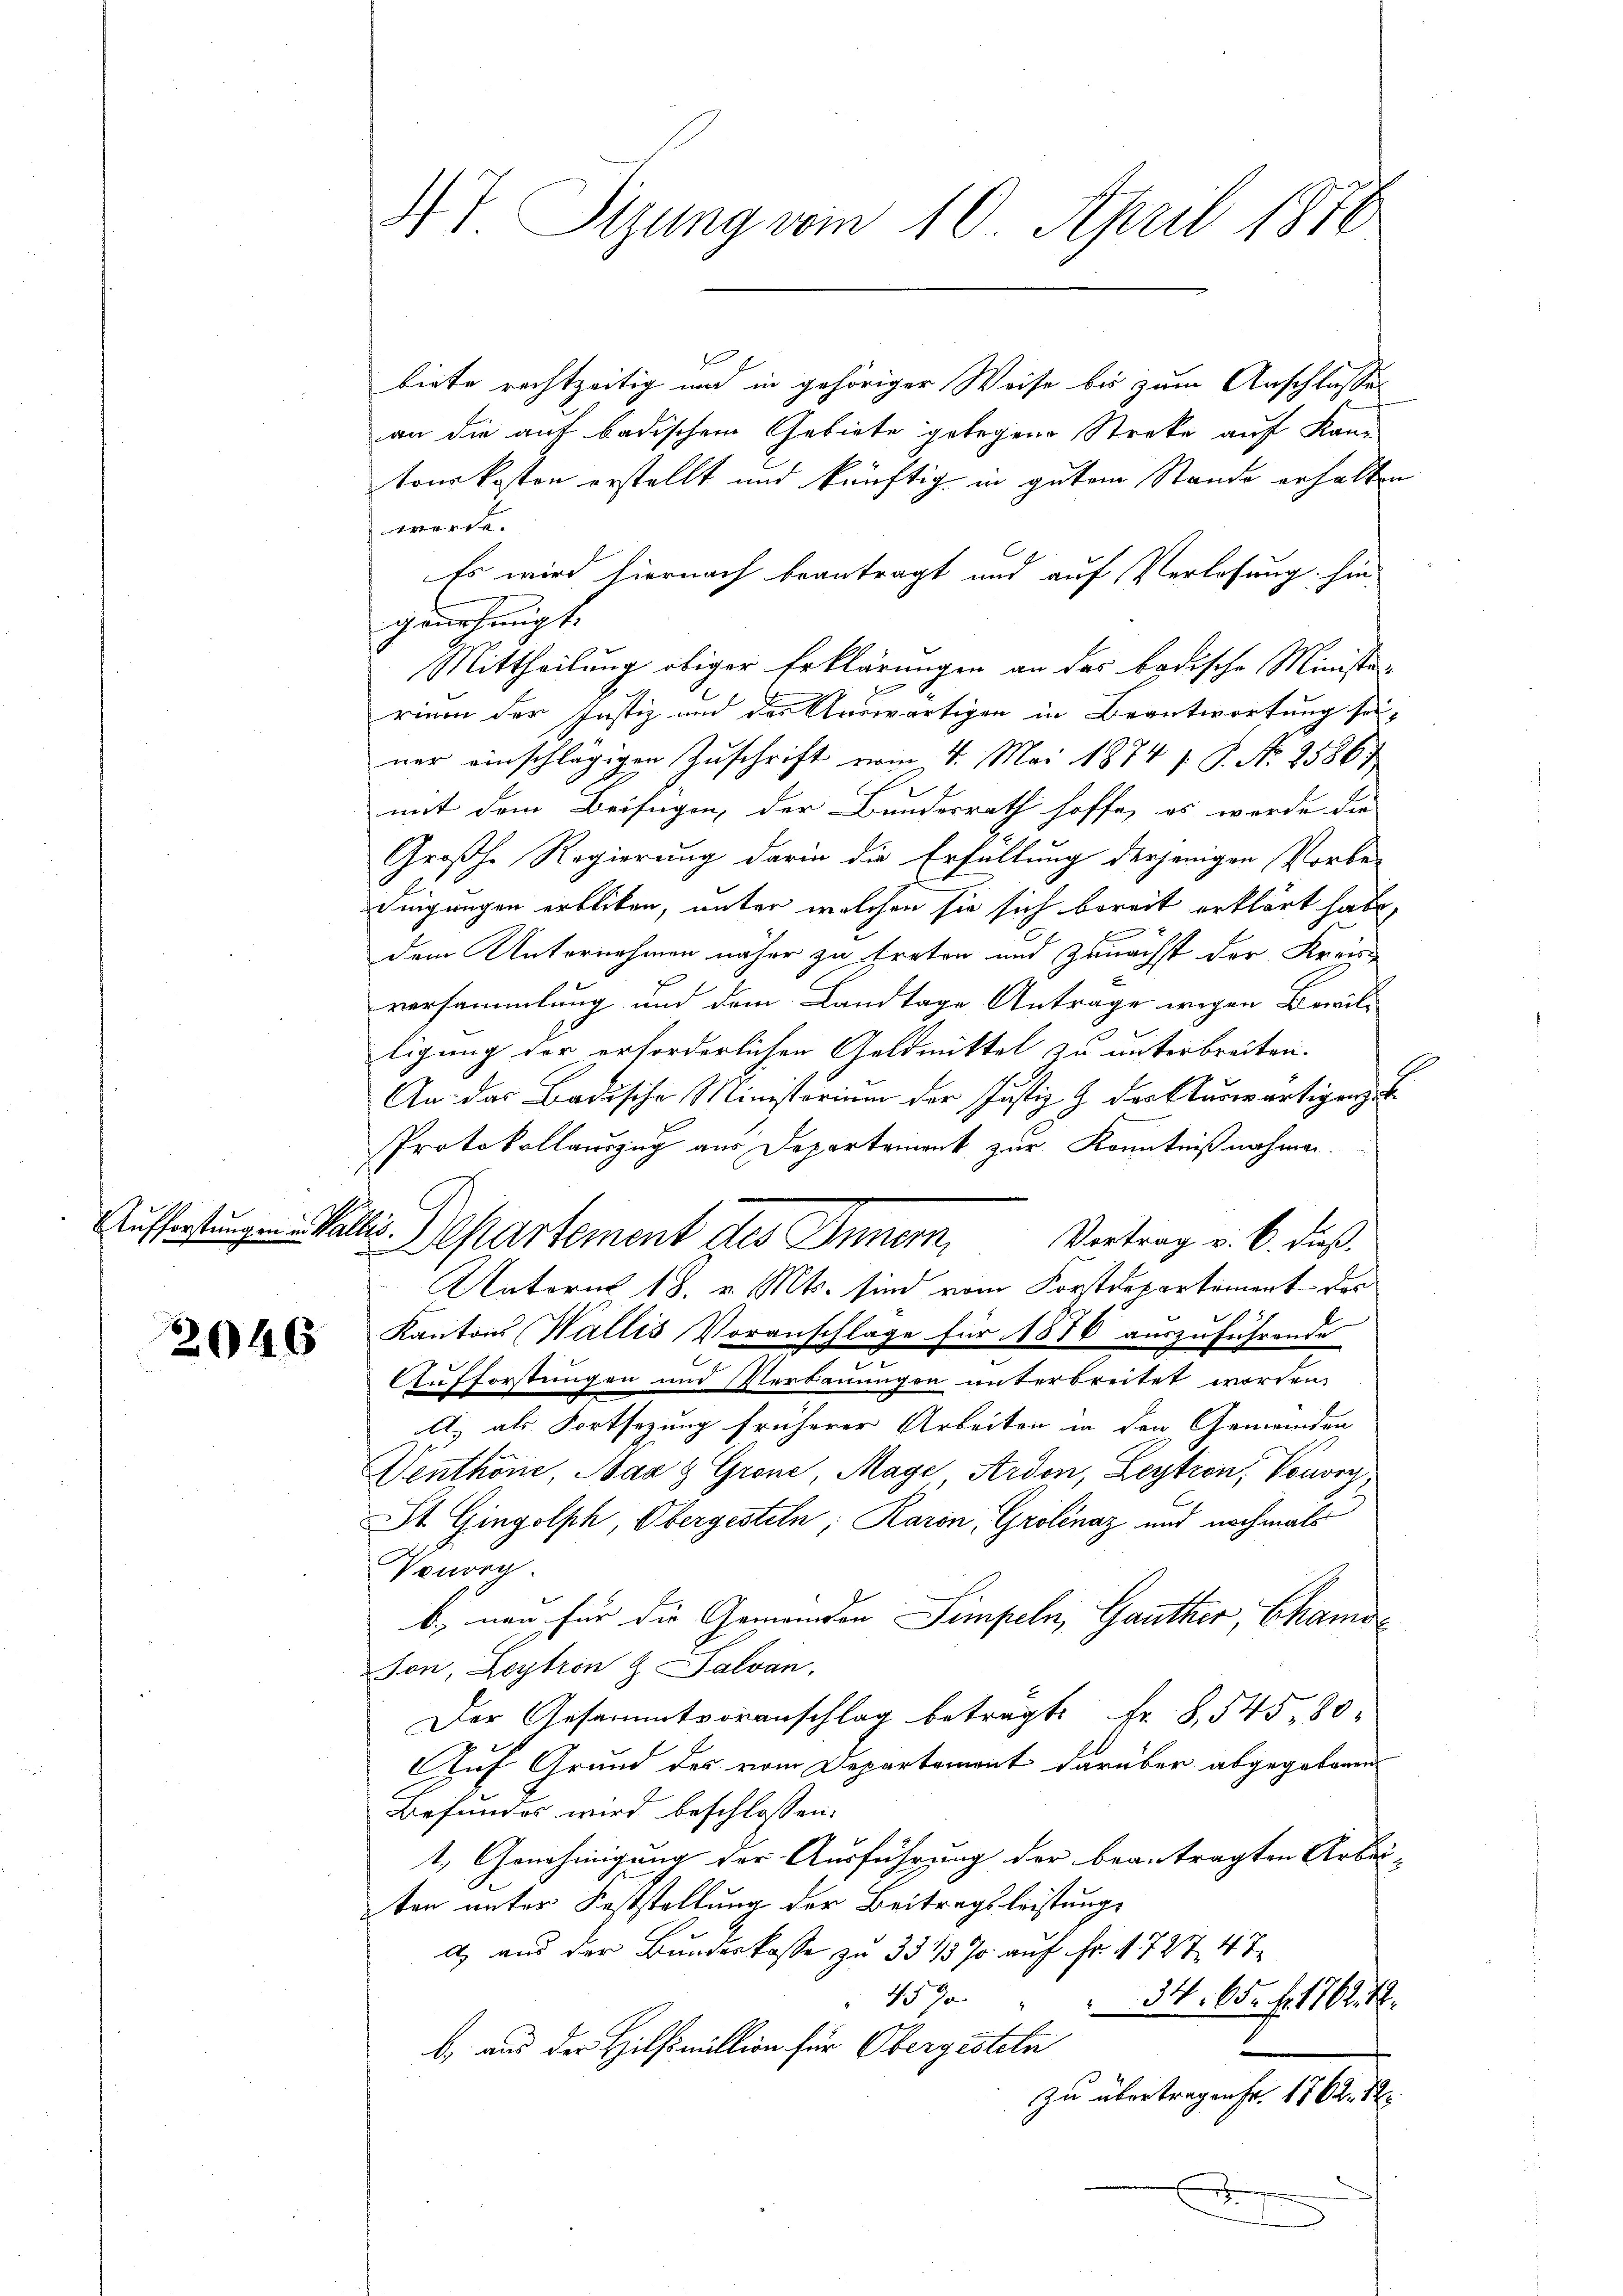
Aufforstungen in Wallis.

2046

AT. Sizung vom 10. April 1870

d
biete rechtzeitig und in gehöriger Weise bis zum Anschlusses
an die auf badischem Gebiete gelegene Streke auf Kan
tonskosten erstellt und künftig in gutem Stande erhalten
werde.
Es wird hiernach beantragt und auf Verlosung hin
genehmigt.
Mittheilung obiger Erklärungen an der badische Minister
rium der Justiz und des Auswärtigen in Beantwortung seiner einschlägigen Zuschrift vom 4. Mai 1874 f. P. Nr. 25867
mit dem Beifügen, der Bundesrath hoffe, es werde die
Großhe Regierung darin die Erfüllung derjenigen Vorbe-
dingungen erbliben, unter welchen sie sich bereit erklärt habe,
dem Unternehmen näher zu treten und zunächst der Kreis-
versammlung und dem Landtage Antrage wegen Bewil-
ligung der erforderlichen Geldmittel zu unterbreiten.
An das Badische Ministorium der Justiz & der Auswärtigen zu
Protokollauszug aus Departement zur Kenntnißnahmen.
Departement des Inner,
Vortrag v. 6. dieß
Unterm 18. v. Mts. sind vom Forstdepartement das
Kantons (Wallis Voranschlage für 1876 auszuführende
Aufforstungen und Verbauungen unterbreitet worden.
it als Fortsezung früherer Arbeiten in den Gemeinden
Denthöne, Naa & Grone, Mage Ardon, Leytron, Vouvry
St. Gingolph, Obergesteln, Raron, Grolinaz und nochmals
Panorg
b., non für die Gemeinden Simpeln, Gauther, Chamoson, Beytron & Salvan
Der Gesammtvoranschlag betragt. Fr. 8, 545. 80
Auf Grund des vom Departement darüber abgegebenen
Befundes wird beschlossen:
1. Genehmigung der Ausführung der beantragten Arbei-
ten unter Feststellung der Beitragsleistung
d) aus der Bundeskasse zu 33 1/3 70 auf Fr. 1727 4 T
45 Ja
34. 65. fr. 1767. 18.
b. aus der Hilfsmillion für Obergesteln
zu übertragen Fr. 1762. 12
x
n